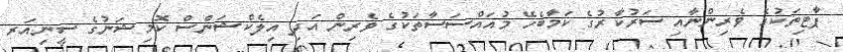
ޕާޓިތަކުގެ ވެރިންނާއި ސަރުކާރުގެ ކަމާބެހޭ މުއައްސަސާތަކުގެ ވެރިން އަދި އިލެކްޝަންސް ކޮމިޝަނުގެ ސީނިއަރ